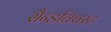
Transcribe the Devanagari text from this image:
सैन्डक्विस्ट